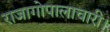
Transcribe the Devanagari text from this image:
राजागोपालाचारी।